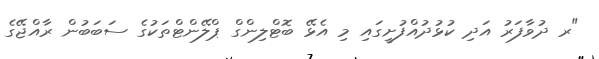
"ރ ދުވާފަރު އަދި ކުޅުދުއްފުށީގައި މި އެޅޭ ބޮޓްލިންގް ޕްލޭންޓްތަކުގެ ސަބަބުން ރާއްޖޭގެ